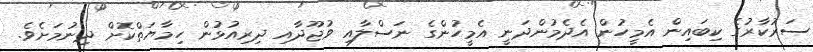
ސަރުކާރުގެ ކިބައިން އެމީހުން އެދެމުންދަނީ އެމީހުންގެ ނަސްލާއި ވުޖޫދާއި ދިރިއުޅުން ހިމާޔަތްކޮށް ދިނުމަށެވެ.